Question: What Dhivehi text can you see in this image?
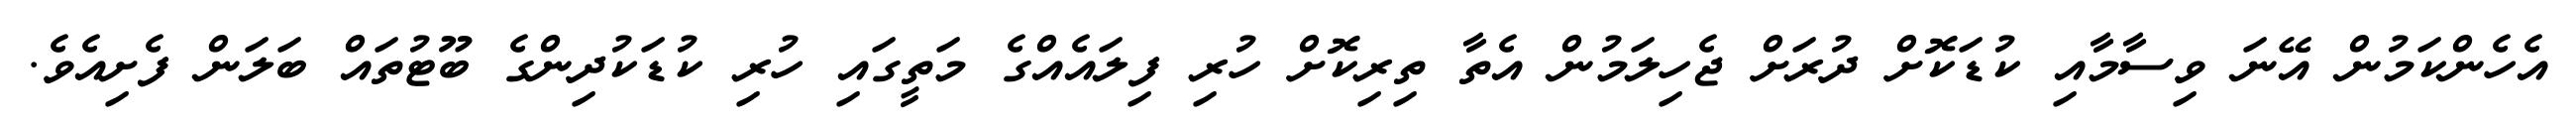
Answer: އެހެންކަމުން އޭނަ ވިސާމާއި ކުޑަކޮށް ދުރަށް ޖެހިލަމުން އެތާ ތިރިކޮށް ހުރި ފިލައެއްގެ މަތީގައި ހުރި ކުޑަކުދިންގެ ބޫޓުތައް ބަލަން ފެށިއެވެ.